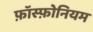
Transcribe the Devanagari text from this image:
फ़ॉस्फ़ोनियम